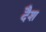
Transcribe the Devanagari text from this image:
दैश